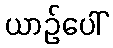
ယာဉ်ပေါ်